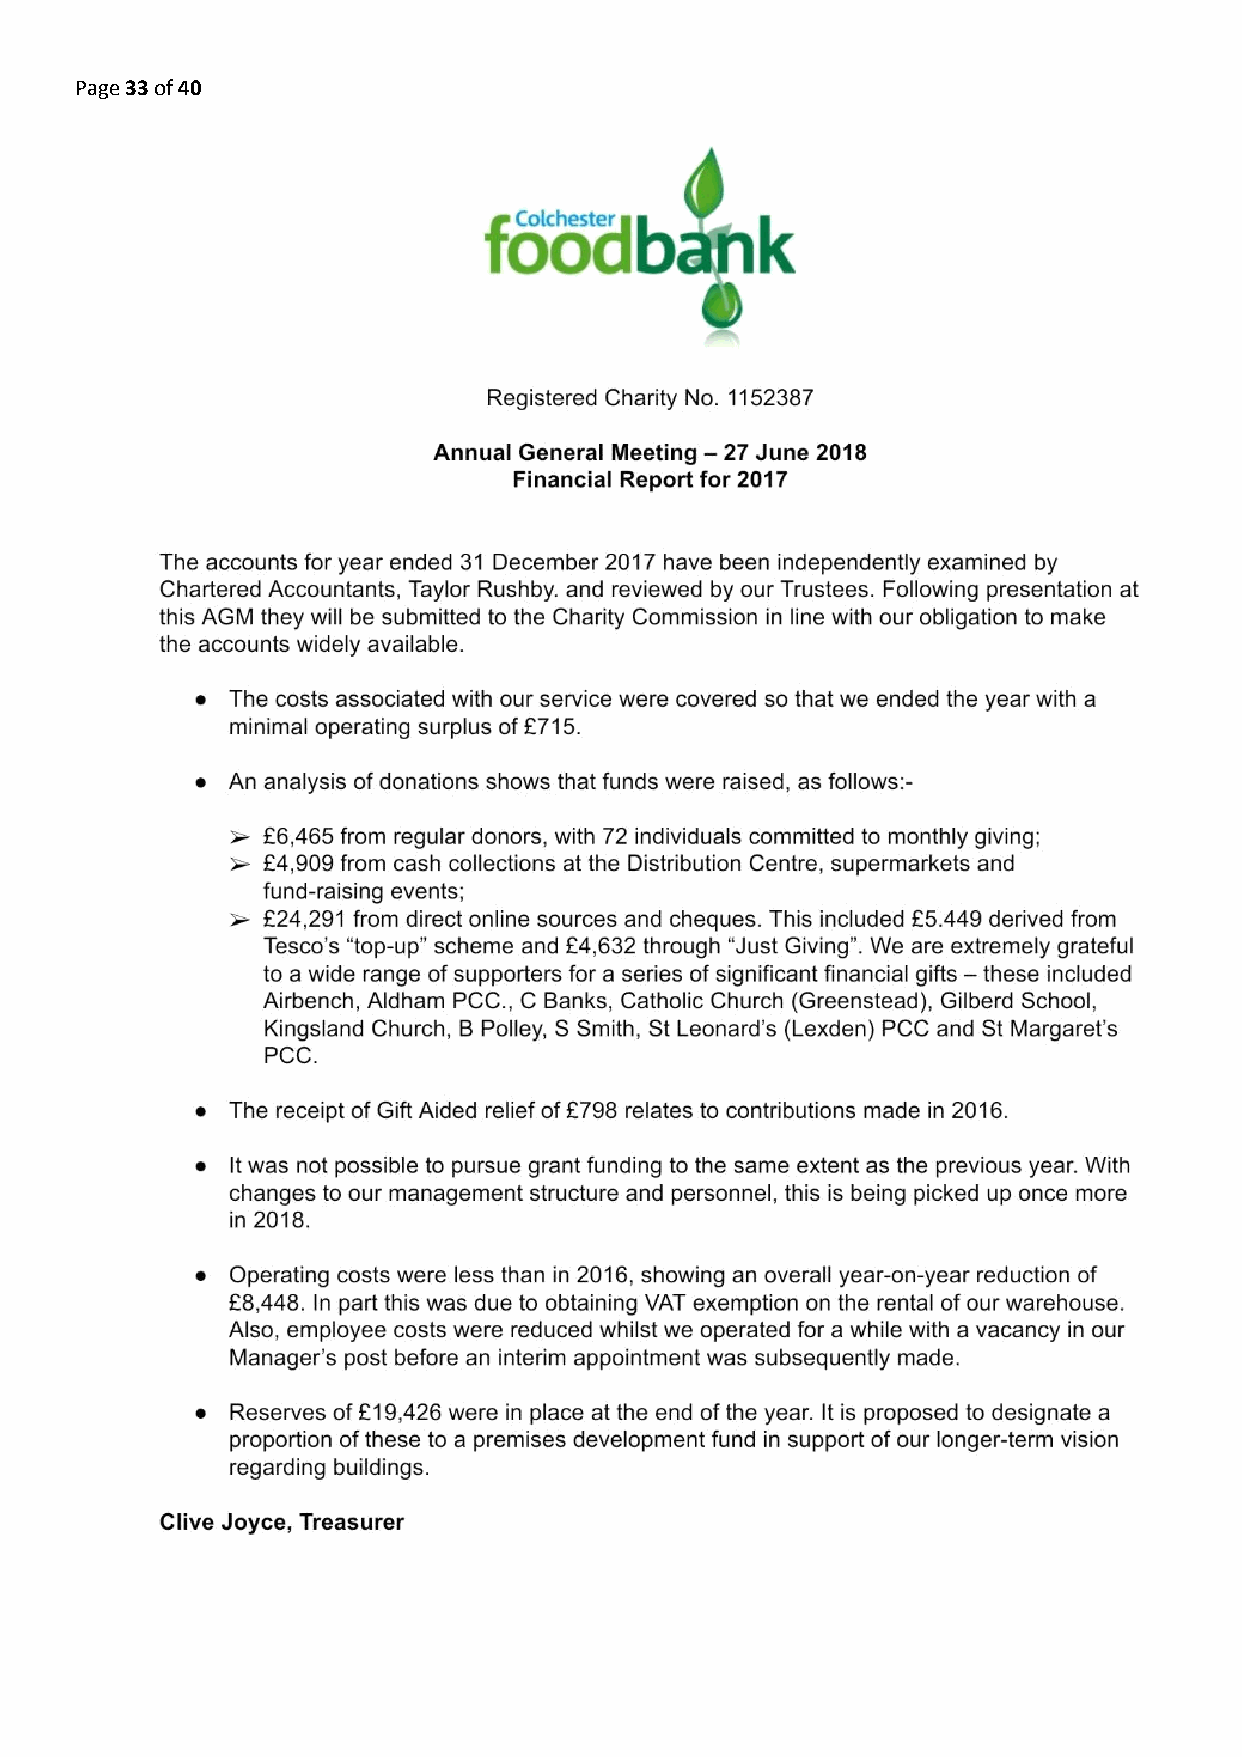
Page 33 of 40
 ​​